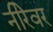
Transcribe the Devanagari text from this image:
नीरेवर